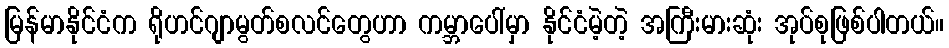
မြန်မာနိုင်ငံက ရိုဟင်ဂျာမွတ်စလင်တွေဟာ ကမ္ဘာပေါ်မှာ နိုင်ငံမဲ့တဲ့ အကြီးမားဆုံး အုပ်စုဖြစ်ပါတယ်။